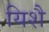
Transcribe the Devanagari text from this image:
यिशै